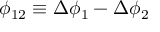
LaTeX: \phi _ { 1 2 } \equiv \Delta \phi _ { 1 } - \Delta \phi _ { 2 }